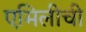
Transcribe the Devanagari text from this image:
एमिलीची